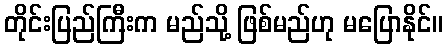
တိုင်းပြည်ကြီးက မည်သို့ ဖြစ်မည်ဟု မပြောနိုင်။